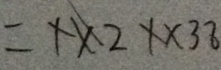
= 1 \times 2 1 \times 3 8